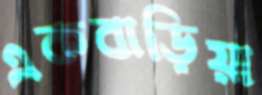
একবাড়িয়া